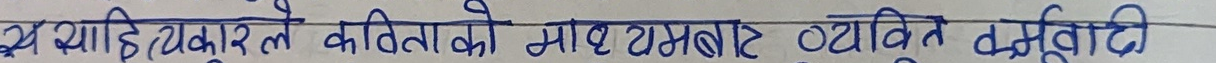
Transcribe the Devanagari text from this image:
यस साहित्यकारले कविताको मार्फत समाज व्यक्त गर्नुभयो।